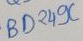
Text: DB249C